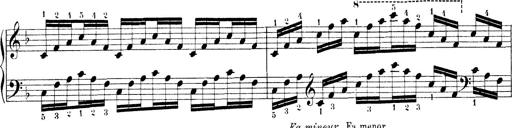
Title: Technische Studien
Composer: Franz Liszt